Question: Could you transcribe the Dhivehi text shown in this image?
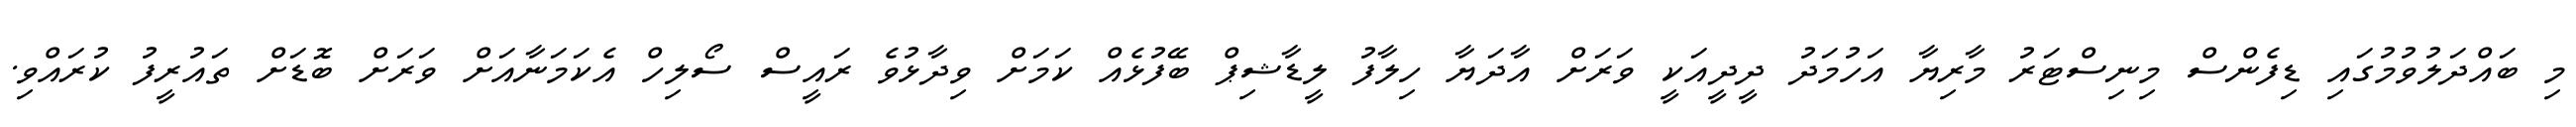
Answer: މި ބައްދަލުވުމުގައި ޑިފެންސް މިނިސްޓަރު މާރިޔާ އަހުމަދު ދީދީއަކީ ވަރަށް އާދަޔާ ހިލާފު ލީޑާޝިޕް ބޭފުޅެއް ކަމަށް ވިދާޅުވެ ރައީސް ސޯލިހް އެކަމަނާއަށް ވަރަށް ބޮޑަށް ތައުރީފު ކުރައްވި.